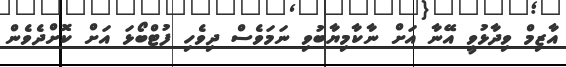
އާޒިމް ވިދާޅުވީ އޭނާ އަށް ނާކާމިޔާބުވި ނަމަވެސް ދިވެހި ފުޓްބޯޅަ އަށް ކޮށްދެވެން